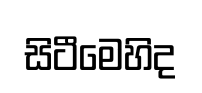
සිටීමෙහිද